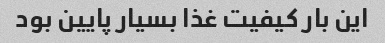
این بار کیفیت غذا بسیار پایین بود